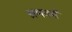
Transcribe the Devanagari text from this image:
श्रमवर्ग